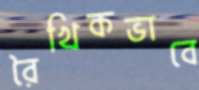
রৈখিকভাবে